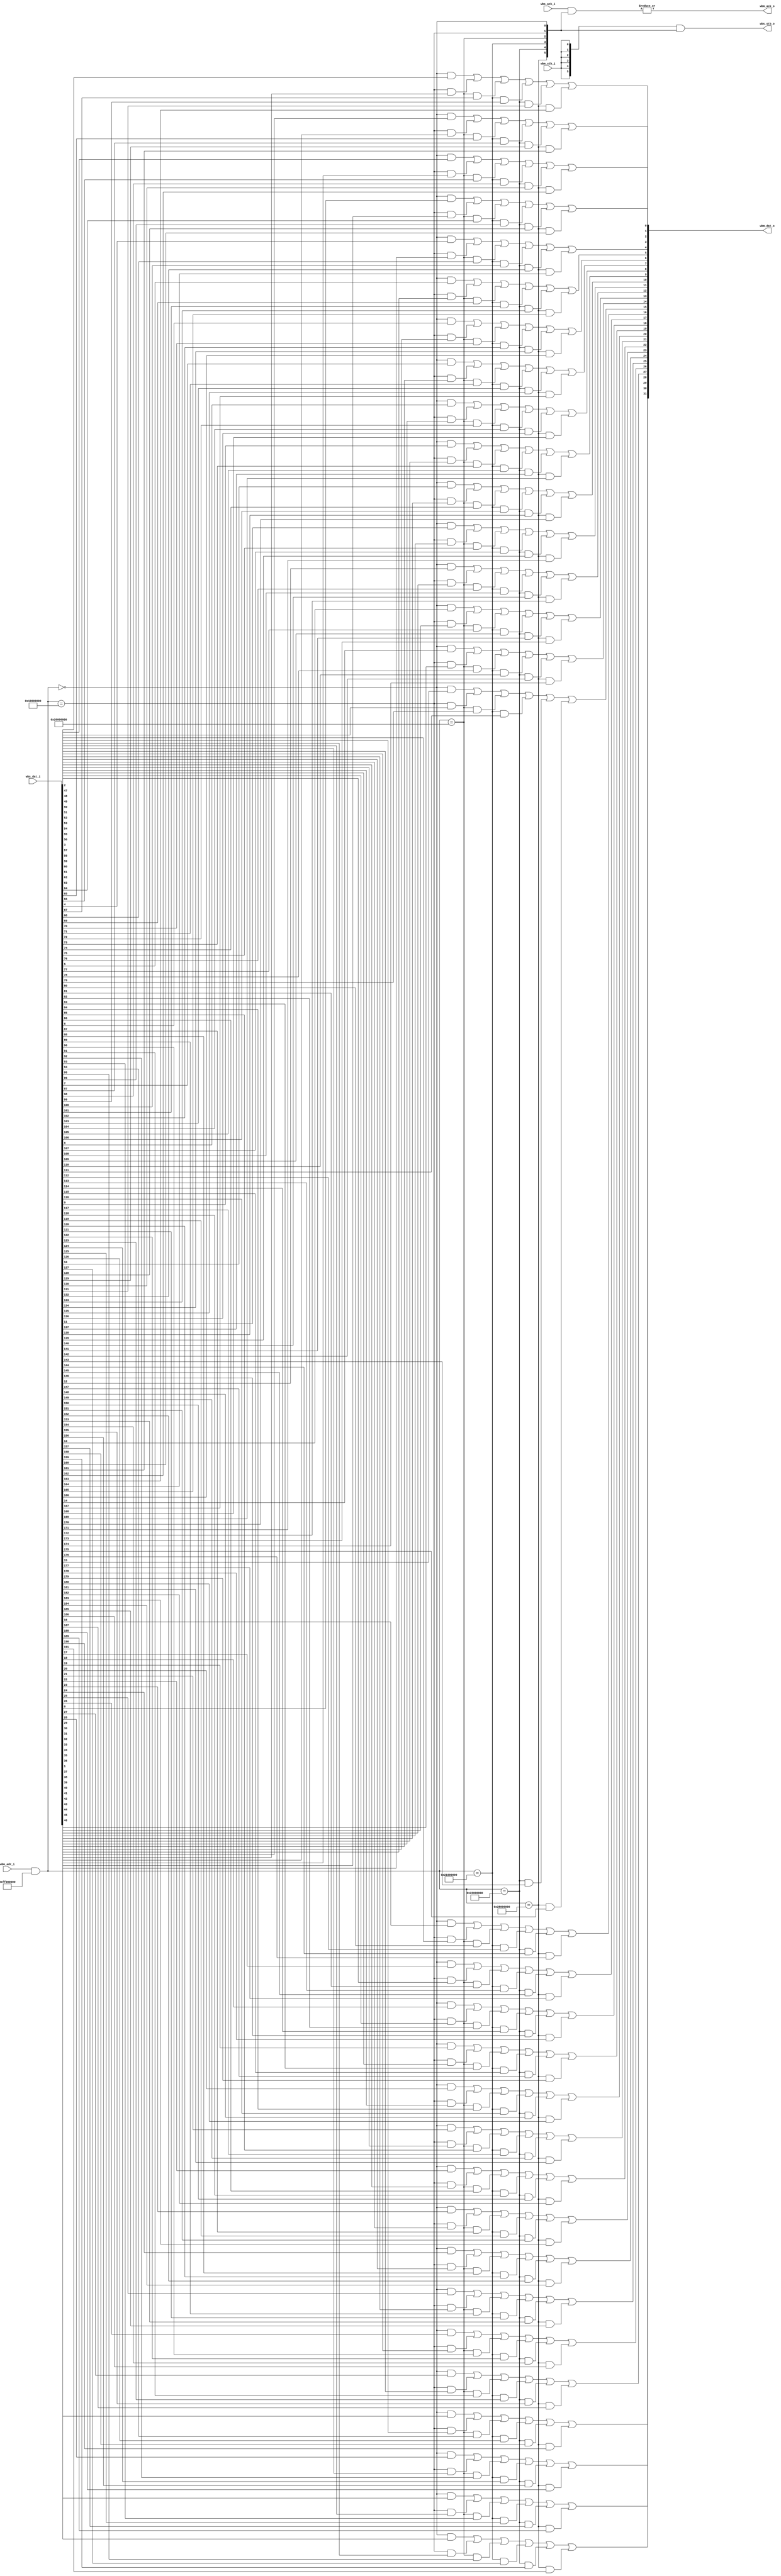
// SPDX-FileCopyrightText: 2020 Efabless Corporation
//
// Licensed under the Apache License, Version 2.0 (the "License");
// you may not use this file except in compliance with the License.
// You may obtain a copy of the License at
//
//      http://www.apache.org/licenses/LICENSE-2.0
//
// Unless required by applicable law or agreed to in writing, software
// distributed under the License is distributed on an "AS IS" BASIS,
// WITHOUT WARRANTIES OR CONDITIONS OF ANY KIND, either express or implied.
// See the License for the specific language governing permissions and
// limitations under the License.
// SPDX-License-Identifier: Apache-2.0

`default_nettype none
module wb_intercon #(
    parameter DW = 32,          // Data Width
    parameter AW = 32,          // Address Width
    parameter NS = 6           // Number of Slaves
) (
    // Master Interface
    input [AW-1:0] wbm_adr_i,
    input wbm_stb_i,

    output reg [DW-1:0] wbm_dat_o,
    output wbm_ack_o,

    // Slave Interface
    input [NS*DW-1:0] wbs_dat_i,
    input [NS-1:0] wbs_ack_i,
    output [NS-1:0] wbs_stb_o
);
    parameter [NS*AW-1:0] ADR_MASK = {      // Page & Sub-page bits
        {8'hFF, {24{1'b0}} },
        {8'hFF, {24{1'b0}} },
        {8'hFF, {24{1'b0}} },
        {8'hFF, {24{1'b0}} },
        {8'hFF, {24{1'b0}} },
        {8'hFF, {24{1'b0}} }
    };
    parameter [NS*AW-1:0] SLAVE_ADR = {
        { 32'h2800_0000 },    // Flash Configuration Register
        { 32'h2200_0000 },    // System Control
        { 32'h2100_0000 },    // GPIOs
        { 32'h2000_0000 },    // UART 
        { 32'h1000_0000 },    // Flash 
        { 32'h0000_0000 }     // RAM
    };
    
    wire [NS-1: 0] slave_sel;

    // Address decoder
    genvar iS;
    generate
        for (iS = 0; iS < NS; iS = iS + 1) begin
            assign slave_sel[iS] = 
                ((wbm_adr_i & ADR_MASK[(iS+1)*AW-1:iS*AW]) == SLAVE_ADR[(iS+1)*AW-1:iS*AW]);
        end
    endgenerate

    // Data-out Assignment
    assign wbm_ack_o = |(wbs_ack_i & slave_sel);
    assign wbs_stb_o =  {NS{wbm_stb_i}} & slave_sel;

    integer i;
    always @(*) begin
        wbm_dat_o = {DW{1'b0}};
        for (i=0; i<(NS*DW); i=i+1)
            wbm_dat_o[i%DW] = wbm_dat_o[i%DW] | (slave_sel[i/DW] & wbs_dat_i[i]);
    end
 
endmodule
`default_nettype wire